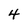
Character: 4